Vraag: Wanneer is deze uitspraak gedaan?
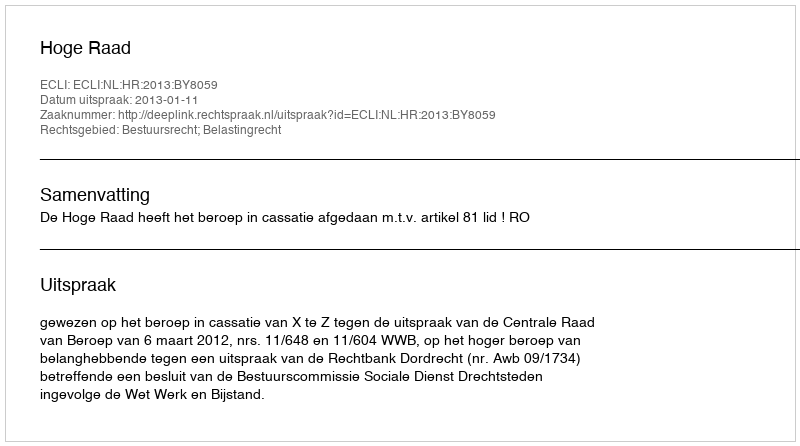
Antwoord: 2013-01-11